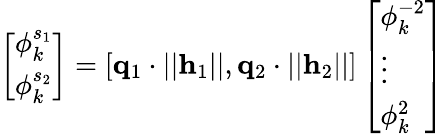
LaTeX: \left[\begin{array}{l}{\phi_{k}^{s_{1}}}\\ {\phi_{k}^{s_{2}}}\end{array}\right]=\left[\begin{array}{l}{\mathbf{q}_{1}\cdot||\mathbf{h}_{1}||,\mathbf{q}_{2}\cdot||\mathbf{h}_{2}||}\end{array}\right]\left[\begin{array}{l}{\phi_{k}^{-2}}\\ {\vdots}\\ {\phi_{k}^{2}}\end{array}\right]